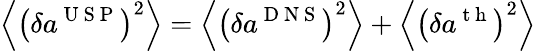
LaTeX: \left\langle{{\left(\delta{{a}^{\mathrm{~U~S~P~}}}\right)}^{2}}\right\rangle=\left\langle{{\left(\delta{{a}^{\mathrm{~D~N~S~}}}\right)}^{2}}\right\rangle+\left\langle{{\left(\delta{{a}^{\mathrm{~t~h~}}}\right)}^{2}}\right\rangle